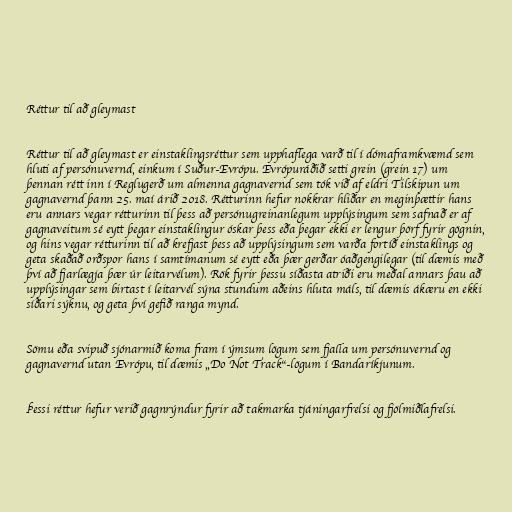
Réttur til að gleymast

Réttur til að gleymast er einstaklingsréttur sem upphaflega varð til í dómaframkvæmd sem
hluti af persónuvernd, einkum í Suður-Evrópu. Evrópuráðið setti grein (grein 17) um
þennan rétt inn í Reglugerð um almenna gagnavernd sem tók við af eldri Tilskipun um
gagnavernd þann 25. maí árið 2018. Rétturinn hefur nokkrar hliðar en meginþættir hans
eru annars vegar rétturinn til þess að persónugreinanlegum upplýsingum sem safnað er af
gagnaveitum sé eytt þegar einstaklingur óskar þess eða þegar ekki er lengur þörf fyrir gögnin,
og hins vegar rétturinn til að krefjast þess að upplýsingum sem varða fortíð einstaklings og
geta skaðað orðspor hans í samtímanum sé eytt eða þær gerðar óaðgengilegar (til dæmis með
því að fjarlægja þær úr leitarvélum). Rök fyrir þessu síðasta atriði eru meðal annars þau að
upplýsingar sem birtast í leitarvél sýna stundum aðeins hluta máls, til dæmis ákæru en ekki
síðari sýknu, og geta því gefið ranga mynd.

Sömu eða svipuð sjónarmið koma fram í ýmsum lögum sem fjalla um persónuvernd og
gagnavernd utan Evrópu, til dæmis „Do Not Track“-lögum í Bandaríkjunum.

Þessi réttur hefur verið gagnrýndur fyrir að takmarka tjáningarfrelsi og fjölmiðlafrelsi.